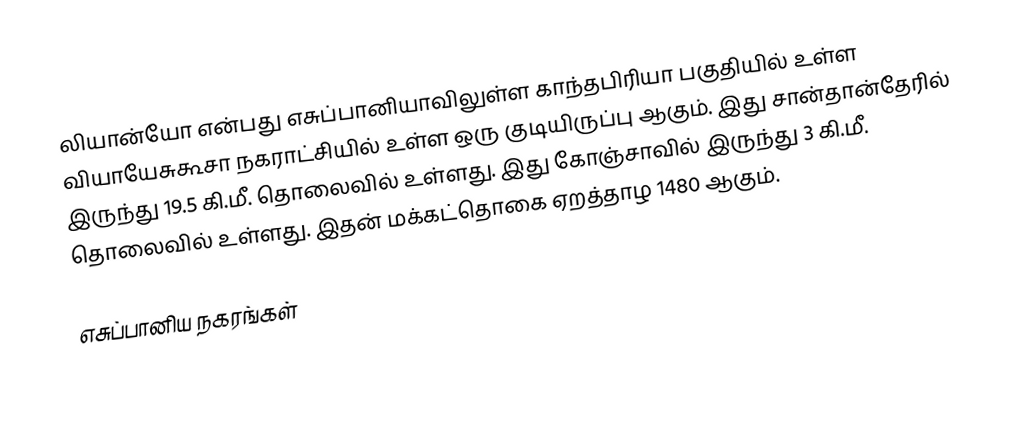
லியான்யோ என்பது எசுப்பானியாவிலுள்ள காந்தபிரியா பகுதியில் உள்ள வியாயேசுகூசா நகராட்சியில் உள்ள ஒரு குடியிருப்பு ஆகும். இது சான்தான்தேரில் இருந்து 19.5 கி.மீ. தொலைவில் உள்ளது. இது கோஞ்சாவில் இருந்து 3 கி.மீ. தொலைவில் உள்ளது. இதன் மக்கட்தொகை ஏறத்தாழ 1480 ஆகும்.

எசுப்பானிய நகரங்கள்